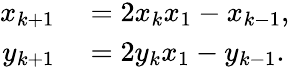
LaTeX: \begin{array}{rl}{x_{k+1}}&{{}=2x_{k}x_{1}-x_{k-1},}\\ {y_{k+1}}&{{}=2y_{k}x_{1}-y_{k-1}.}\end{array}